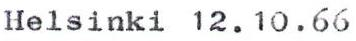
Helsinki 12.10.66